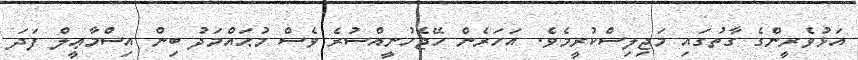
އަޅުވެރީންގެ ގާތުގައި މަޖިލިސްކުރީމެވެ. އަހަރެން ހޭޖެހުނީއްސުރެ ވެސް މުޙައްމަދު ބިން އިސްމާޢީލް ފަދަ